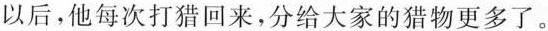
以后，他每次打猎回来，分给大家的猎物更多了。